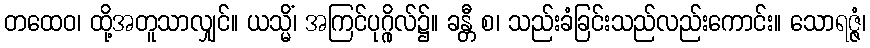
တထေဝ၊ ထို့အတူသာလျှင်။ ယသ္မိံ၊ အကြင်ပုဂ္ဂိုလ်၌။ ခန္တီ စ၊ သည်းခံခြင်းသည်လည်းကောင်း။ သောရဇ္ဇံ၊